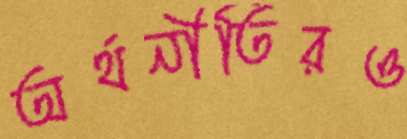
অর্থনীতিরও